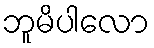
ဘူမိပါလော